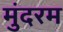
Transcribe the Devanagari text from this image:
मुंदरम